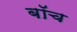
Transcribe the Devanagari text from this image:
बॉच